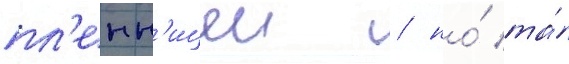
пл'енн'ицеи / но́ та́